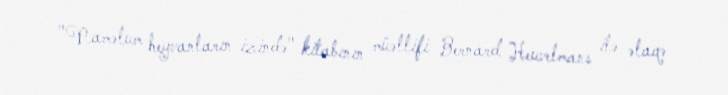
"Naməlum heyvanların izində" kitabının müəllifi Bernard Heuvelmans ilə əlaqə